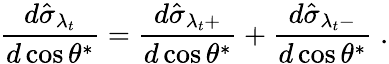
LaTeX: {\frac{d\hat{\sigma}_{\lambda_{t}}}{d\cos\theta^{*}}}={\frac{d\hat{\sigma}_{\lambda_{t}+}}{d\cos\theta^{*}}}+{\frac{d\hat{\sigma}_{\lambda_{t}-}}{d\cos\theta^{*}}}\; .